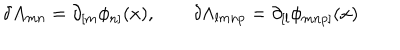
LaTeX: \delta A _ { m n } = \partial _ { [ m } \phi _ { n ] } ( x ) , \qquad \delta \Lambda _ { l m n p } = \partial _ { [ l } \phi _ { m n p ] } ( x )